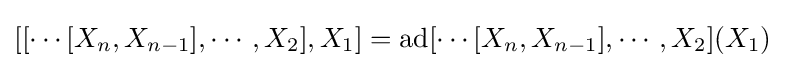
[[\cdots [X_{n},X_{n-1}],\cdots ,X_{2}],X_{1}]=\mathrm {ad} [\cdots [X_{n},X_{n-1}],\cdots ,X_{2}](X_{1})